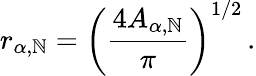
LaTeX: r_{\alpha,\mathbb{N}}=\left(\frac{{4A_{\alpha,\mathbb{N}}}}{{\pi}}\right)^{1/2}\, .